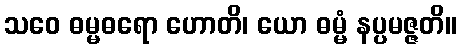
သဝေ ဓမ္မဓရော ဟောတိ၊ ယော ဓမ္မံ နပ္ပမဇ္ဇတိ။